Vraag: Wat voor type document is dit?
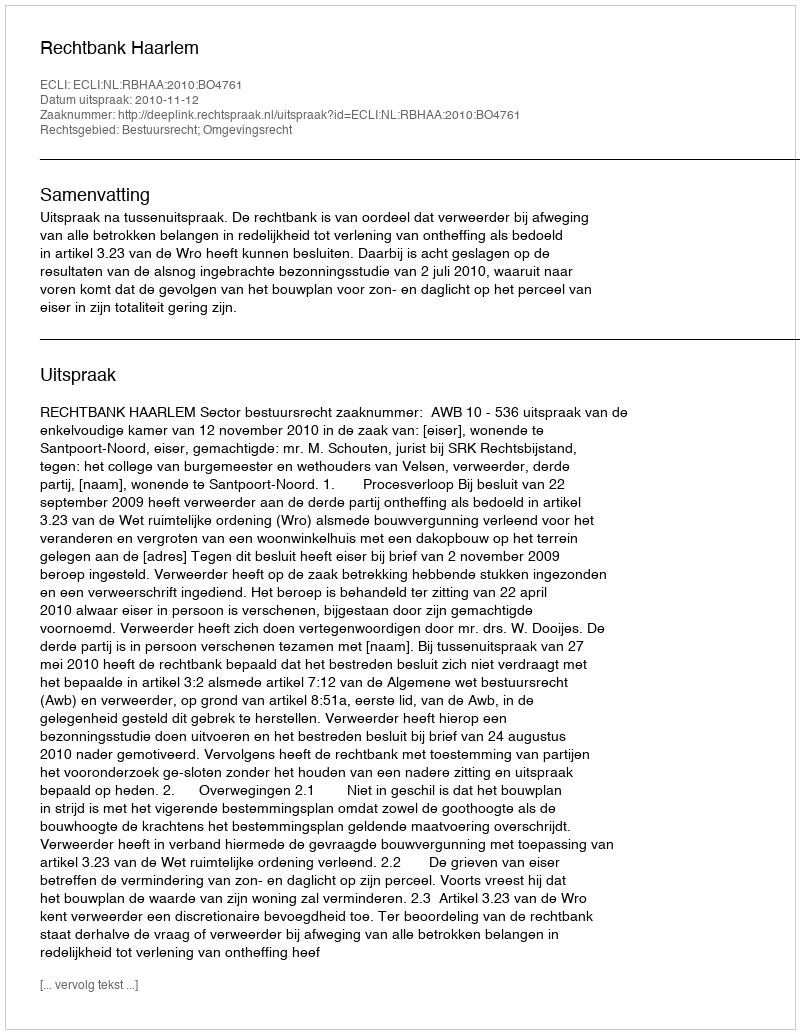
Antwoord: Uitspraak